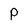
Character: P